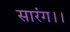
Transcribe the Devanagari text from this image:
सारंग।।